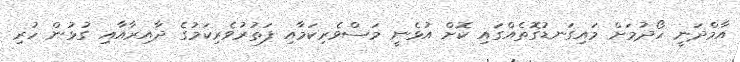
އާމްދަނީ ހޯދުމަށް މައިގަނޑުގޮތެއްގައި ކޮށް އުޅެނީ މަސްވެރިކަމާއި ފަތުރުވެރިކަމުގެ ދާއިރާއާއި ގުޅުން ހުރި